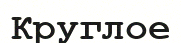
Круглое